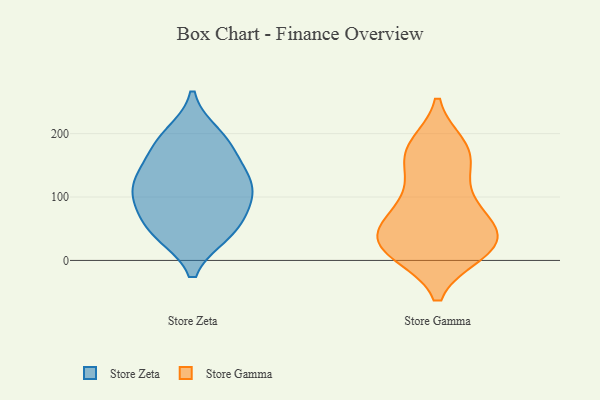
{"axis": {"x": "Production Output", "y": "Value"}, "legend": ["Store Gamma", "Store Zeta"], "data": [{"x": "", "y": 198, "type": "Store Zeta"}, {"x": "", "y": 112, "type": "Store Zeta"}, {"x": "", "y": 143, "type": "Store Zeta"}, {"x": "", "y": 103, "type": "Store Zeta"}, {"x": "", "y": 184, "type": "Store Zeta"}, {"x": "", "y": 42, "type": "Store Zeta"}, {"x": "", "y": 127, "type": "Store Zeta"}, {"x": "", "y": 45, "type": "Store Zeta"}, {"x": "", "y": 44, "type": "Store Zeta"}, {"x": "", "y": 90, "type": "Store Zeta"}, {"x": "", "y": 129, "type": "Store Zeta"}, {"x": "", "y": 182, "type": "Store Zeta"}, {"x": "", "y": 76, "type": "Store Zeta"}, {"x": "", "y": 56, "type": "Store Gamma"}, {"x": "", "y": 12, "type": "Store Gamma"}, {"x": "", "y": 25, "type": "Store Gamma"}, {"x": "", "y": 19, "type": "Store Gamma"}, {"x": "", "y": 178, "type": "Store Gamma"}, {"x": "", "y": 110, "type": "Store Gamma"}, {"x": "", "y": 158, "type": "Store Gamma"}, {"x": "", "y": 153, "type": "Store Gamma"}, {"x": "", "y": 25, "type": "Store Gamma"}, {"x": "", "y": 13, "type": "Store Gamma"}, {"x": "", "y": 43, "type": "Store Gamma"}, {"x": "", "y": 15, "type": "Store Gamma"}, {"x": "", "y": 44, "type": "Store Gamma"}, {"x": "", "y": 180, "type": "Store Gamma"}, {"x": "", "y": 70, "type": "Store Gamma"}, {"x": "", "y": 69, "type": "Store Gamma"}, {"x": "", "y": 175, "type": "Store Gamma"}, {"x": "", "y": 97, "type": "Store Gamma"}]}